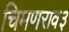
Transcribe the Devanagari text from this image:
चिमणराव३